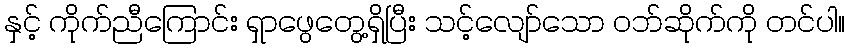
နှင့် ကိုက်ညီကြောင်း ရှာဖွေတွေ့ရှိပြီး သင့်လျော်သော ဝဘ်ဆိုက်ကို တင်ပါ။